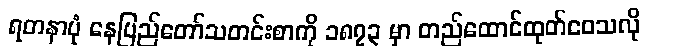
ရတနာပုံ နေပြည်တော်သတင်းစာကို ၁၈၇၃ မှာ တည်ထောင်ထုတ်ဝေသလို